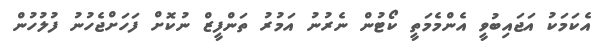
އެކަމަކު އަޖައިބުވީ އެންމެމަތީ ކޯޓުން ނެރުނު އަމުރު ތަންފީޒް ނުކޮށް ފަހަށްޖެހުނު ފުލުހުން